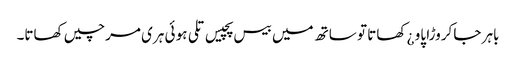
باہر جا کروڑا پاو ¿ کھاتا تو ساتھ میں بیس پچیس تلی ہو ئی ہری مرچیں کھاتا۔